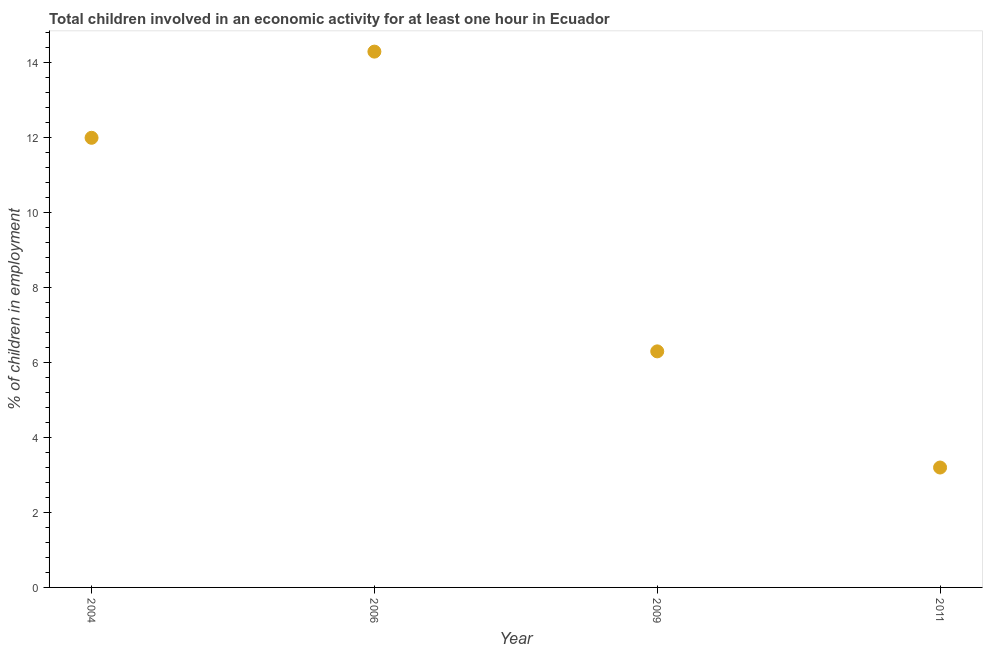
| Year | Children in employment |
 | --- | --- |
 | 2004 | 12 |
 | 2006 | 14.3 |
 | 2009 | 6.3 |
 | 2011 | 3.2 |